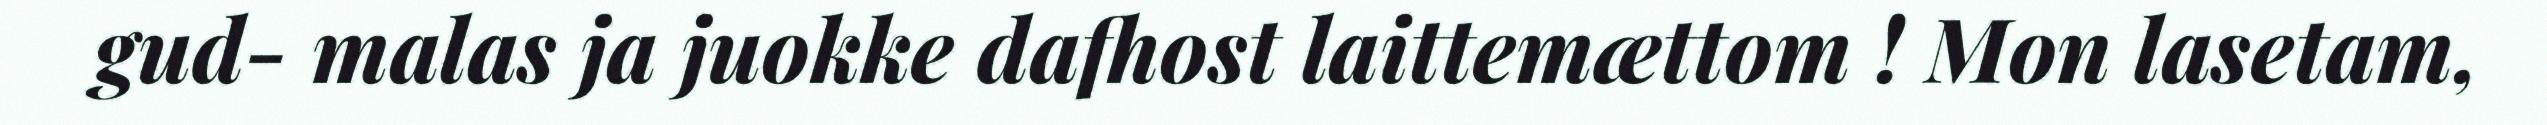
gud- malas ja juokke dafhost laittemættom ! Mon lasetam,